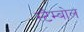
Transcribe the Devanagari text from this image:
स्टैम्बोल